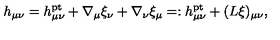
h _ { \mu \nu } = h _ { \mu \nu } ^ { \mathrm { p t } } + \nabla _ { \mu } \xi _ { \nu } + \nabla _ { \nu } \xi _ { \mu } = : h _ { \mu \nu } ^ { \mathrm { p t } } + ( L \xi ) _ { \mu \nu } ,